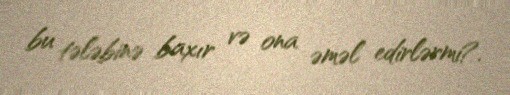
bu tələbinə baxır və ona əməl edirlərmi?.